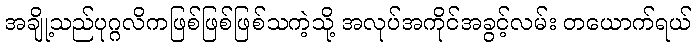
အချို့သည်ပုဂ္ဂလိကဖြစ်ဖြစ်ဖြစ်သကဲ့သို့ အလုပ်အကိုင်အခွင့်လမ်း တယောက်ရယ်